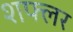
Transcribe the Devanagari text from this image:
शफ्लर